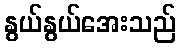
နွယ်နွယ်အေးသည်